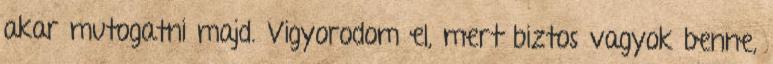
akar mutogatni majd. Vigyorodom el, mert biztos vagyok benne,